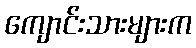
ကျောင်းသားများက